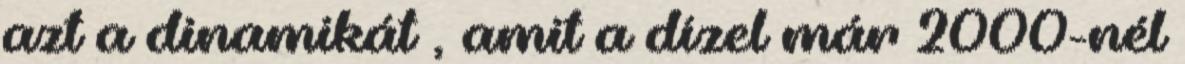
azt a dinamikát , amit a dízel már 2000-nél